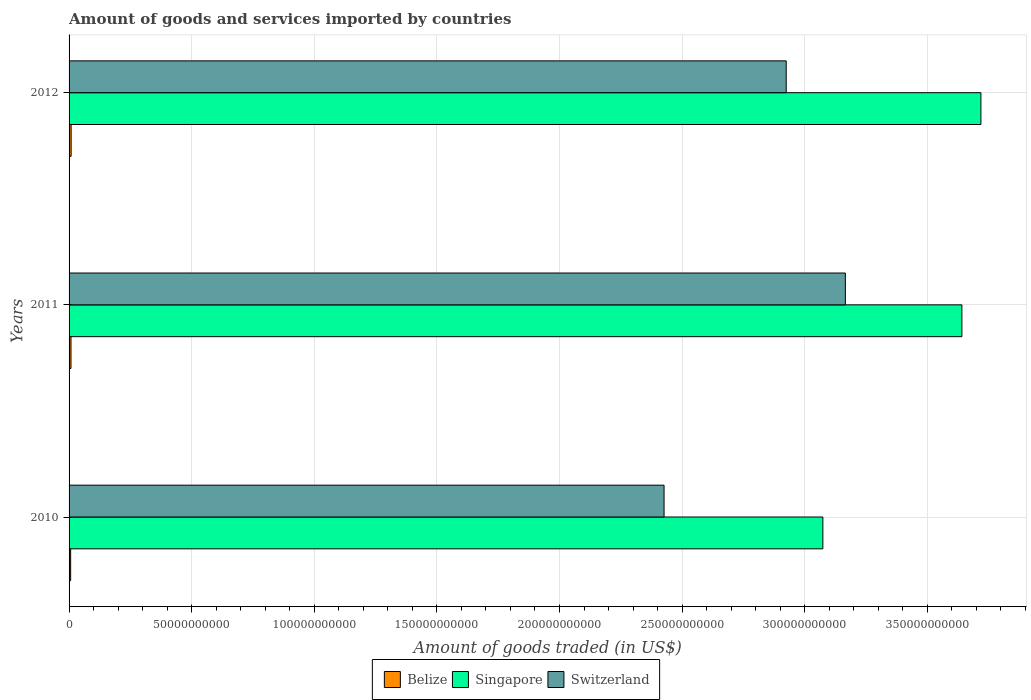
| Years | Belize | Singapore | Switzerland |
 | --- | --- | --- | --- |
 | 2010 | 6.47e+08 | 3.07e+11 | 2.43e+11 |
 | 2011 | 7.78e+08 | 3.64e+11 | 3.17e+11 |
 | 2012 | 8.37e+08 | 3.72e+11 | 2.92e+11 |